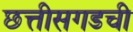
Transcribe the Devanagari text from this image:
छत्तीसगडची